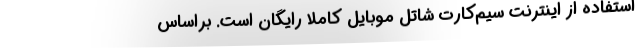
استفاده از اینترنت سیم‌کارت شاتل موبایل کاملاً رایگان است. براساس